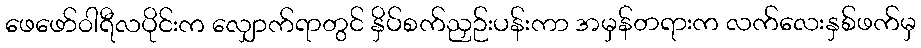
ဖေဖော်ဝါရီလပိုင်းက လျှောက်ရာတွင် နှိပ်စက်ညှဉ်းပန်းကာ အမှန်တရားက လက်လေးနှစ်ဖက်မှ